Calcutta medical institutions reports 1871-78
Year: 1871
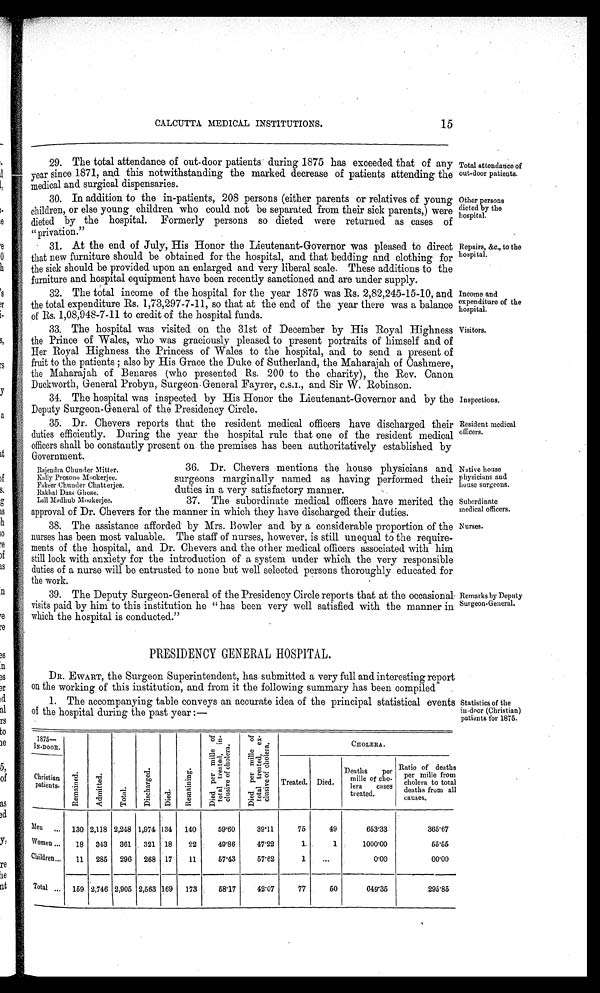
CALCUTTA MEDICAL INSTITUTIONS.
15
29. The total attendance of out-door patients during 1875 has exceeded that of any
y ear since 1871, and this notwithstanding the marked decrease of patients attending the
medical and surgical dispensaries.
30. In addition to the in-patients, 208 persons (either parents or relatives of young
children, or else young children who could not be separated from their sick parents,) were
dieted by the hospital. Formerly persons so dieted were returned as cases of
"privation."
31. At the end of July, His Honor the Lieutenant-Governor was pleased to direct
that new furniture should be obtained for the hospital, and that bedding and clothing for
the sick should be provided upon an enlarged and very liberal scale. These additions to the
furniture and hospital equipment have been recently sanctioned and are under supply.
32. The total income of the hospital for the year 1875 was Rs. 2,82,245-15-10, and
the total expenditure Rs. 1,73,297-7-11, so that at the end of the year there was a balance
of Rs. 1,08,948-7-11 to credit of the hospital funds.
33. The hospital was visited on the 31st of December by His Royal Highness
the Prince of Wales, who was graciously pleased to present portraits of himself and of
Her Royal Highness the Princess of Wales to the hospital, and to send a present of
fruit to the patients ; also by His Grace the Duke of Sutherland, the Maharajah of Cashmere,
the Maharajah of Benares (who presented Rs. 200 to the charity), the Rev. Canon
Duckworth, General Probyn, Surgeon- General Fayrer,
and Sir W. Robinson.
34. The hospital was inspected by His Honor the Lieutenant-Governor and by the
Deputy Surgeon-General of the Presidency Circle.
35. Dr. Chevers reports that the resident medical officers have discharged their
duties efficiently. During the year the hospital rule that one of the resident medical
officers shall be constantly present on the premises has been authoritatively established by
Government.
36. Dr. Chevers mentions the house physicians and
surgeons marginally named as having performed their
duties in a very satisfactory manner.
37. The subordinate medical officers have merited the
approval of Dr. Chevers for the manner in which they have discharged their duties.
38. The assistance afforded by Mrs. Bowler and by a considerable proportion of the
nurses has been most valuable. The staff of nurses, however, is still unequal to the require-
ments of the hospital, and Dr. Chevers and the other medical officers associated with him
still look with anxiety for the introduction of a system under which the very responsible
duties of a nurse will be entrusted to none but well selected persons thoroughly educated for
the work.
39. The Deputy Surgeon-General of the Presidency Circle reports that at the occasional.
visits paid by him to this institution he " has been very well satisfied with the manner in
which the hospital is conducted."
PRESIDENCY GENERAL HOSPITAL.
DR. EWART, the Surgeon Superintendent, has submitted a very full and interesting report
on the working of this institution, and from it the following summary has been compiled
1. The accompanying table conveys an accurate idea of the principal statistical events
of the hospital during the past year :—
Rajendra Chunder Titter.
Bally Prosono Mookedee.
Fakeer (Thunder Chatterjee.
Rakhal Dass Ghose.
Lan Medhub Mookedee.
Total attendance of
out-door patients.
Other persons
dieted by the
hospital.
Repairs, &c., to the
hospital.
Income and
expenditure of the
hospital.
Visitors.
Inspections.
Resident medical
officers.
Native house
.
physicians and
house surgeons.
Subordinate
medical officers.
Nurses.
Remarks by Deputy
Surgeon-General.
Statistics of the
in-door (Christian)
patients for 1875.
fi
1375—
l x-noon.
–
4
-ci
2
i
re
-,4
.
7:
4c.3
E-4
: bo
: ta.
• - c„
4
.
.
4
Co
'''
.F1
g
ci,
Z
,
0 r.. .
•—• ei
CD
,..1
'11
, P .. 8.
ft..' 0
,.4 . 2 .--..
,-. .
0 i.1
a.) g
_e2
a, -
E 2
.
' ..; ','
ce 0
;., Li> , ,E.,
f:'''....' 0
-07:4 .a. .> 2 73
A
CHOLERA.
Christian
patients.
Treated. Died.
Deaths
per
mille °f el o-
(era
cases
treated,
Ratio of deaths
R
per mille from
cholera to total
deaths from all
causes.
Men •.. 130. 2,118 2,248 1,974 134 140
59'60
39'11
75
49
663'33
365'67
W omen •..
18
343
361
321 18
22
49'86
47'22
1.
1
1000'00
55.55
4 Chil dren...
11
285
296
268 17
11
57'43
57'62
1
...
0'00
00.00
'I'
Total
...
1
159 2,746 2,905 2,563 169
173
68'17
42'07
77
60
649'35
295'85